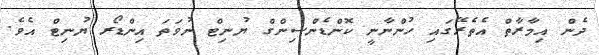
ދެން އިމާރާތް އެތެރޭގައި ހުންނާނީ ކޮންޑެންސިންގް ޔުނިޓް ނުވަތަ އިންޑޯރ ޔުނިޓް އެވެ.